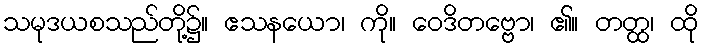
သမုဒယစသည်တို့၌။ ဧသနယော၊ ကို။ ဝေဒိတဗ္ဗော၊ ၏။ တတ္ထ၊ ထို